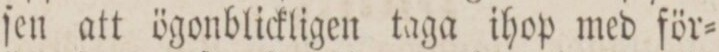
ſen att ögonblickligen taga ihop med för=